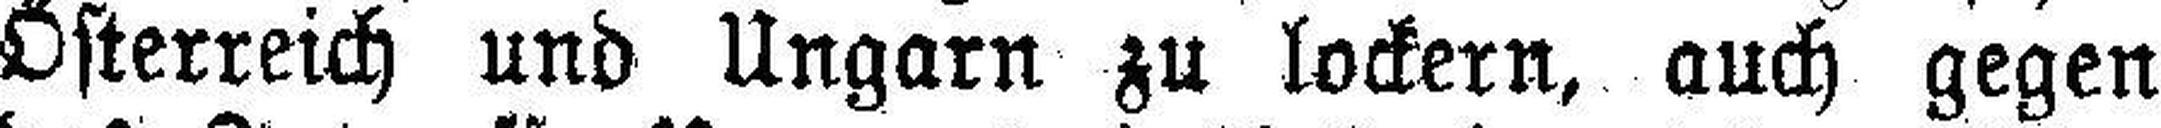
Österreich und Ungarn zu lockern, auch gegen